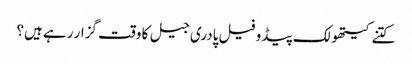
کتنے کیتھولک پیڈو فیل پادری جیل کا وقت گزار رہے ہیں؟